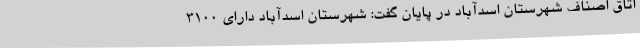
اتاق اصناف شهرستان اسدآباد در پایان گفت: شهرستان اسدآباد دارای 3100